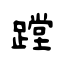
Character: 蹚